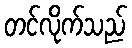
တင်လိုက်သည်